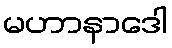
မဟာနာဒေါ